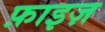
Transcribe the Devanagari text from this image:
फ़ाइज़